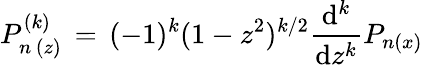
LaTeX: P_{n\, (z)}^{(k)}\, =\, (-1)^{k}(1-z^{2})^{k/2}\frac{\mathrm{d}^{k}}{\mathrm{d}z^{k}}P_{n(x)}